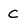
Character: c